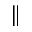
_ { \parallel }